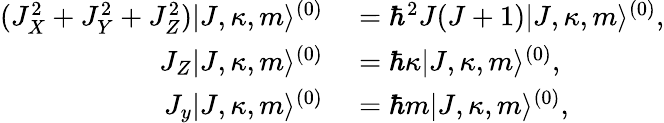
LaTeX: \begin{array}{rl}{(J_{X}^{2}+J_{Y}^{2}+J_{Z}^{2})|J,\kappa,m\rangle^{(0)}}&{{}=\hbar^{2}J(J+1)|J,\kappa,m\rangle^{(0)},}\\ {J_{Z}|J,\kappa,m\rangle^{(0)}}&{{}=\hbar\kappa|J,\kappa,m\rangle^{(0)},}\\ {J_{y}|J,\kappa,m\rangle^{(0)}}&{{}=\hbar m|J,\kappa,m\rangle^{(0)},}\end{array}